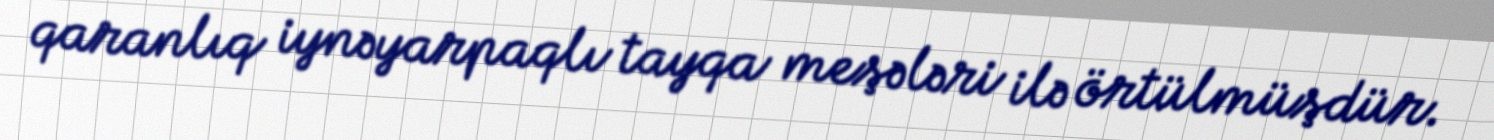
qaranlıq iynəyarpaqlı tayqa meşələri ilə örtülmüşdür.